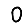
Digit: 0